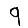
Digit: 9